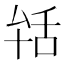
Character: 𦧐